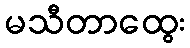
မသီတာထွေး